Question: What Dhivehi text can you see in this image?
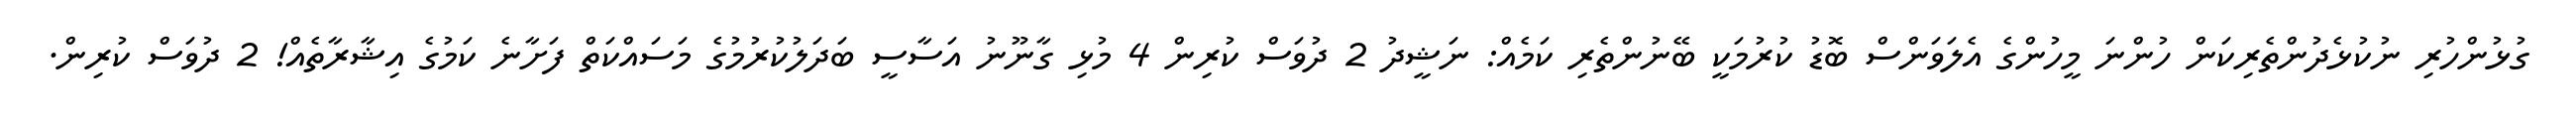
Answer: ގުޅުންހުރި ނުކުޅެދުންތެރިކަން ހުންނަ މީހުންގެ އެލަވަންސް ބޮޑު ކުރުމަކީ ބޭނުންތެރި ކަމެއް: ނަޝީދު 2 ދުވަސް ކުރިން 4 މުޅި ގާނޫނު އަސާސީ ބަދަލުކުރުމުގެ މަސައްކަތް ފަށާނެ ކަމުގެ އިޝާރާތެއް! 2 ދުވަސް ކުރިން.